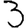
Digit: 3